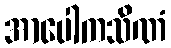
အာပေါကသိဏံ